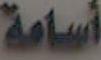
أسامة